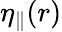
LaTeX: \eta_{\parallel}(r)